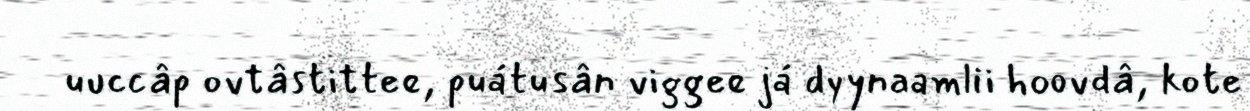
uuccâp ovtâstittee, puátusân viggee já dyynaamlii hoovdâ, kote